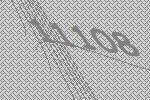
11108